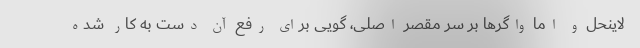
لاینحل و اما واگرها بر سر مقصر اصلی، گویی برای رفع آن دست به کار شده